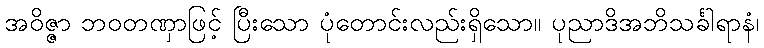
အဝိဇ္ဇာ ဘဝတဏှာဖြင့် ပြီးသော ပုံတောင်းလည်းရှိသော။ ပုညာဒိအဘိသင်္ခါရာနံ၊